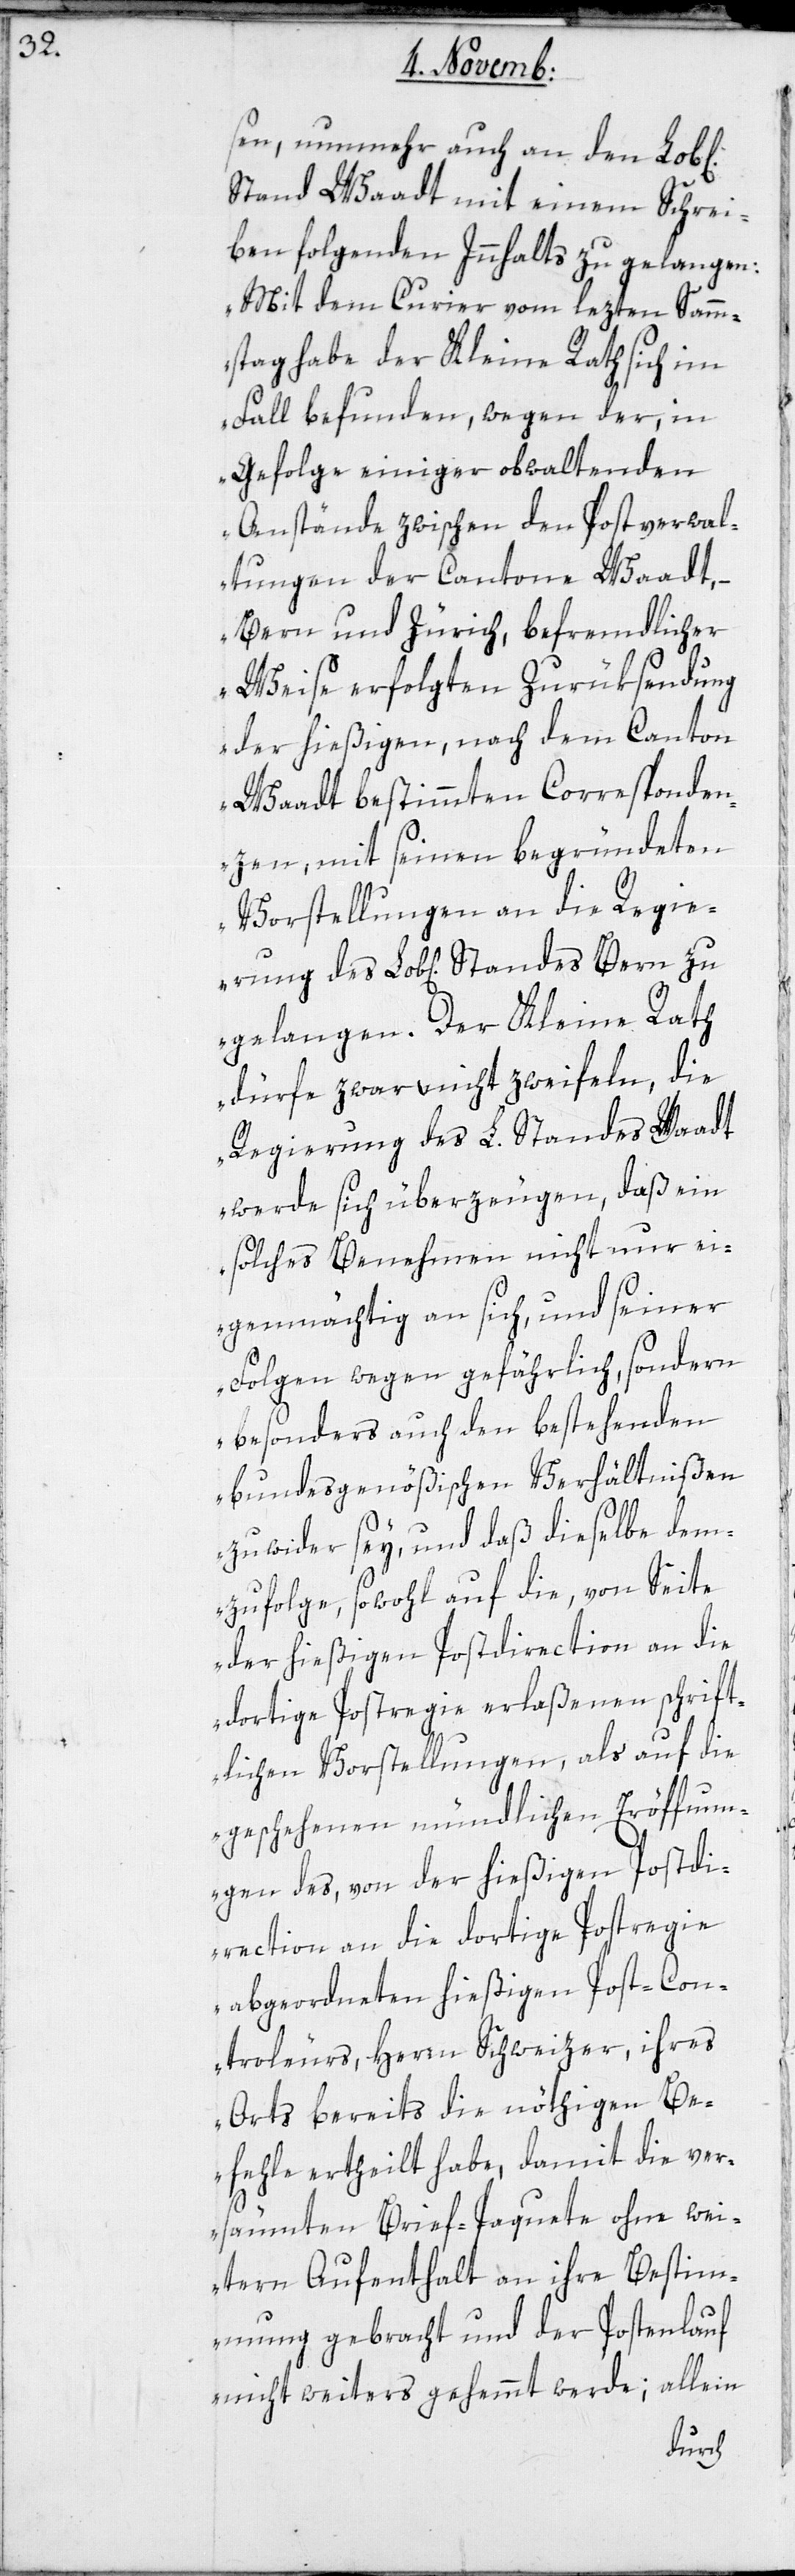
sen, nunmehr auch an den Lob[li¬
Stand Waadt mit einem Schrei¬
ben folgenden Innhalts zu gelangen:
„Mit dem Courier vom lezten Samm¬
stag habe der Kleine Rath sich im
Fall befunden, wegen der, in
Gefolge einiger obwaltenden
Anstände zwischen den Postverwal¬
tungen der Cantone Waadt,
Bern und Zürich, befremdlicher
Weise erfolgten Zurüksendung
der hießigen, nach dem Canton
Waadt bestimmten Corresponden¬
zen, mit seinen begründeten
Vorstellungen an die Regier¬
gelangen. Der Kleine Rath
dürfe zwar nicht zweifeln, die
Regierung des L. Standes Waadt
werde sich überzeugen, daß ein
solches Benehmen nicht nur ei¬
genmächtig an sich, und seiner
Folgen wegen gefährlich, sondern
besonders auch den bestehenden
bundesgenößischen Verhältnißen
zuwider sey, und daß dieselbe dem¬
zufolge, sowohl auf die, von Seite
der hießigen Postdirection an die
dortige Postregie erlaßenen schrift¬
lichen Vorstellungen, als auf die
geschehenen mündlichen Eröffnun¬
gen des, von der hießigen Postdi¬
rection an die dortige Postregie
abgeordneten hießigen Post-Con¬
troleurs, Herrn Schweizer, ihres
Orts bereits die nöthigen Be¬
fehle ertheilt habe, damit die ver¬
säummten Brief-Paquete ohne wei¬
tern Aufenthalt an ihre Bestim¬
mung gebracht und der Postenlauf
nicht weiters gehemmt werde; allein
ung